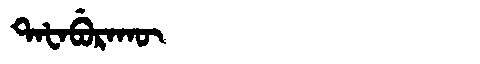
Manchu: ᡨᠠᡶᠠᠪᡠᡵᠠᡴᡡ
Romanization: TAFABURAKŪ